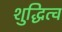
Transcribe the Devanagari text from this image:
शुद्धित्व